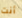
أنت